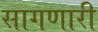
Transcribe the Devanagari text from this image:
सागणारी